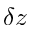
\delta z